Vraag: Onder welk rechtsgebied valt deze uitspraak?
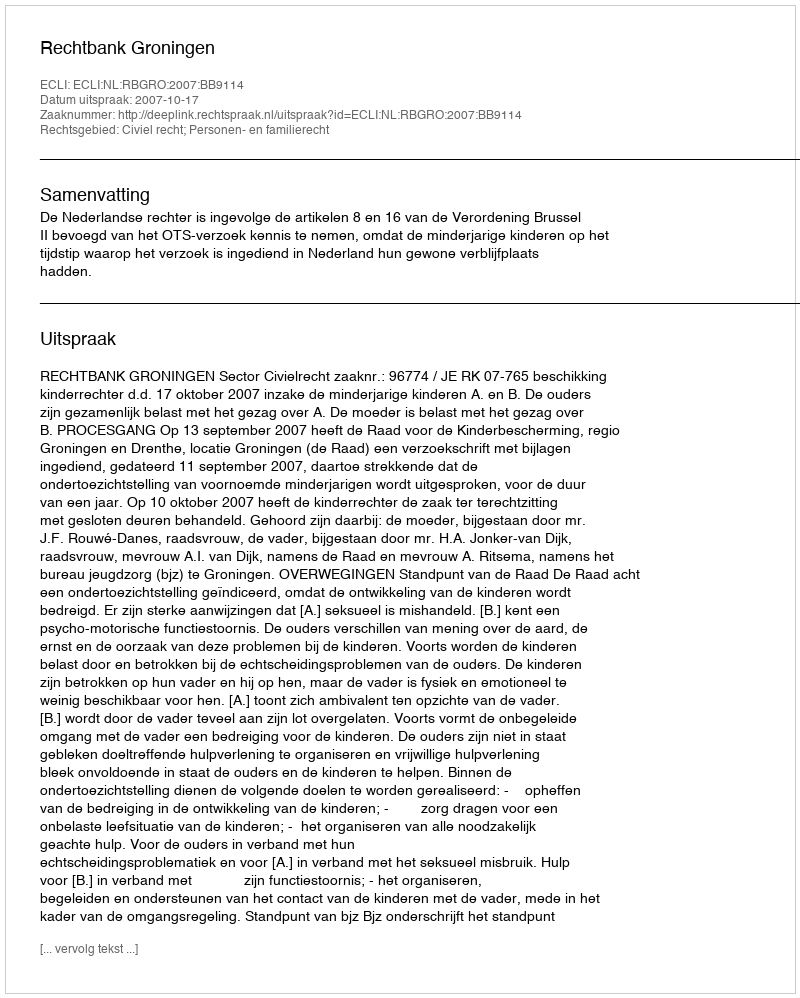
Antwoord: Civiel recht; Personen- en familierecht